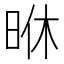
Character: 𭥶